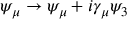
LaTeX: \psi _ { \mu } \rightarrow \psi _ { \mu } + i \gamma _ { \mu } \psi _ { 3 }